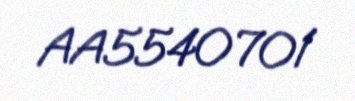
AA5540701